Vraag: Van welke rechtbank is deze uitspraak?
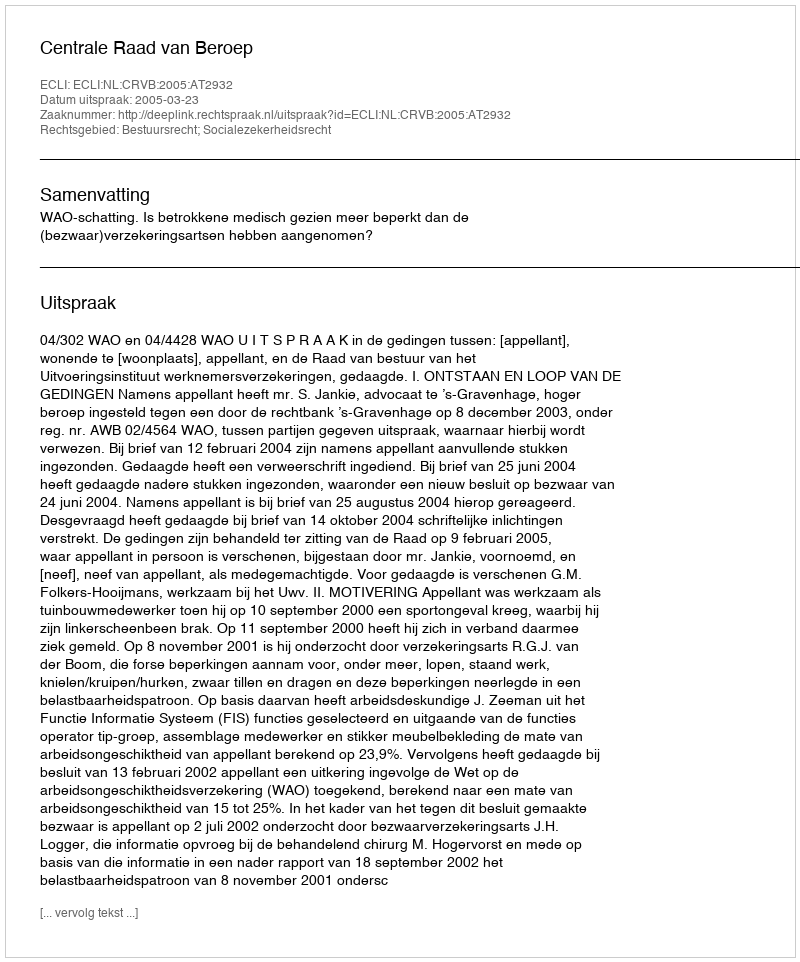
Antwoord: Centrale Raad van Beroep